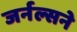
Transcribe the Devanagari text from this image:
जर्नल्सने